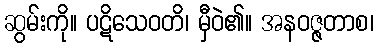
ဆွမ်းကို။ ပဋိသေဝတိ၊ မှီဝဲ၏။ အနဝဇ္ဇတာစ၊